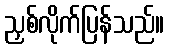
ညှစ်လိုက်ပြန်သည်။